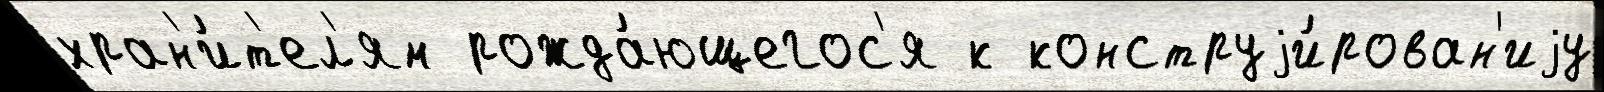
хран'и́т'ел'ям рожда́ющегос'я к конструjи́рован'иjу